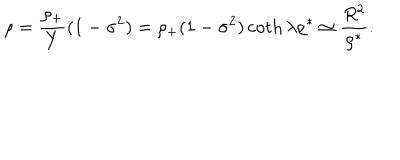
\rho = { \frac { \rho _ { + } } { Y } } ( 1 - \sigma ^ { 2 } ) = \rho _ { + } ( 1 - \sigma ^ { 2 } ) \coth \lambda \rho ^ { * } \simeq { \frac { R ^ { 2 } } { \rho ^ { * } } } .